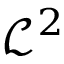
{ \mathcal { L } } ^ { 2 }